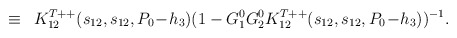
\begin{align*}\,\,\equiv\,\,\,K^{T++}_{12}(s_{12},s_{12},P_0\!-\!h_3)(1-G^0_1G^0_2K^{T++}_{12}(s_{12},s_{12},P_0\!-\!h_3))^{-1}.\end{align*}